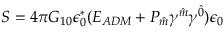
{ \cal S } = 4 \pi G _ { 1 0 } \epsilon _ { 0 } ^ { \ast } ( E _ { A D M } + P _ { \hat { m } } \gamma ^ { \hat { m } } \gamma ^ { \hat { 0 } } ) \epsilon _ { 0 }